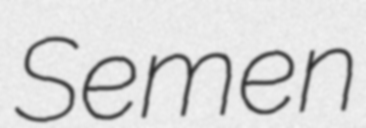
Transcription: Semen